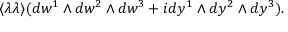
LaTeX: \langle \lambda \lambda \rangle ( d w ^ { 1 } \wedge d w ^ { 2 } \wedge d w ^ { 3 } + i d y ^ { 1 } \wedge d y ^ { 2 } \wedge d y ^ { 3 } ) .